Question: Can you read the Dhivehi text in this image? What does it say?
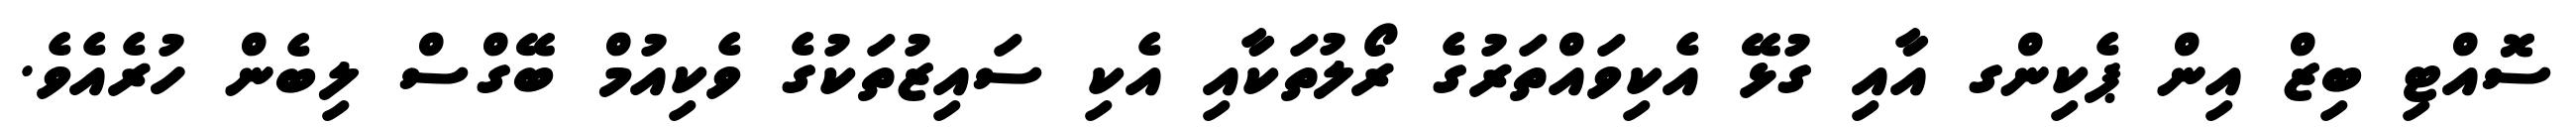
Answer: ސޮއްޓި ބިޒް އިން ޕެކިންގ އާއި ގުޅޭ އެކިވައްތަރުގެ ރޯލުތަކާއި އެކި ސައިޒުތަކުގެ ވެކިއުމް ބޭގްސް ލިބެން ހުރެއެވެ.